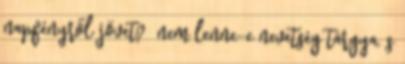
napfényről jövet? nem lenne-e nevetség tárgya, s